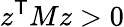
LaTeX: z^{\textsf{T}}Mz>0